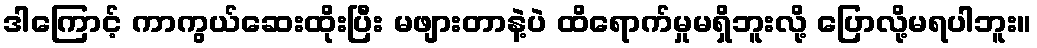
ဒါကြောင့် ကာကွယ်ဆေးထိုးပြီး မဖျားတာနဲ့ပဲ ထိရောက်မှုမရှိဘူးလို့ ပြောလို့မရပါဘူး။